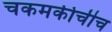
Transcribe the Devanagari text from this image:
चकमकीचीच